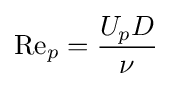
\mathrm {Re} _{p}={\frac {U_{p}D}{\nu }}